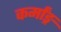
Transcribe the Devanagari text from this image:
कर्मांङ्र